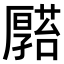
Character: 𠫆